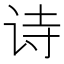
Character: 诗